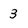
Character: 3